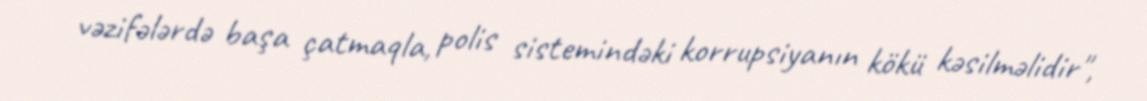
vəzifələrdə başa çatmaqla, polis sistemindəki korrupsiyanın kökü kəsilməlidir",